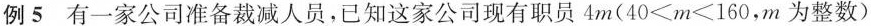
例5 有一家公司准备裁减人员，已知这家公司现有职员4m($$40＜m＜160$$，m为整数)